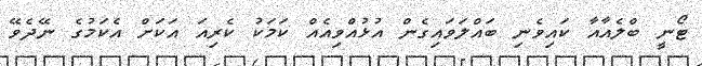
ޓޯނީ ބްލެއާއާ ކައިވެނި ބައްލަވައިގެން އުޅުއްވިއެއް ކަމަކު ކެރިއަ އަކަށް އެކަމުގެ ނޭދެވޭ